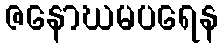
ဇနောဃမပရေန